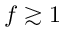
f \gtrsim 1